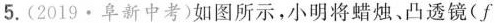
5. (2019 · 阜新中考) 如图所示，小明将蜡烛、凸透镜$$( f